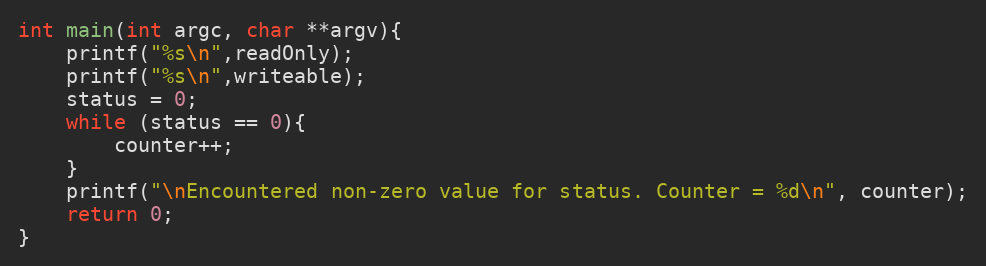
Language: C
int main(int argc, char **argv){
    printf("%s\n",readOnly);
    printf("%s\n",writeable);
    status = 0;
    while (status == 0){
        counter++;
    }
    printf("\nEncountered non-zero value for status. Counter = %d\n", counter);
    return 0;
}